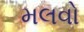
મલવો